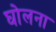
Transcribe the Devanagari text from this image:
घोलना